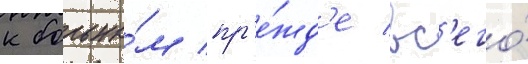
к больны́м пр'е́жд'е вс'его́